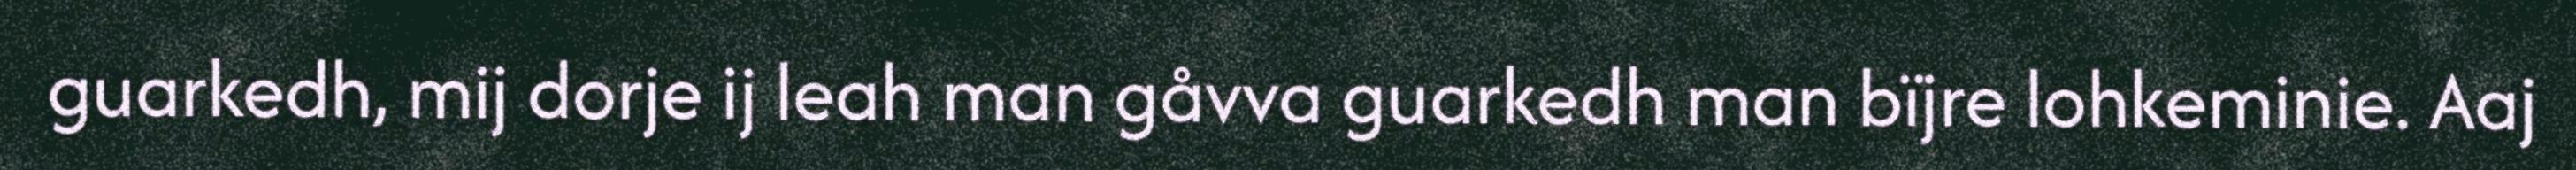
guarkedh, mij dorje ij leah man gåvva guarkedh man bïjre lohkeminie. Aaj